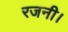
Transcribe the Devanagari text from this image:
रजनी।